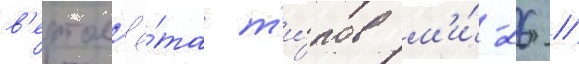
в'ертол'ё́та т'и́пов м'и́-26 /